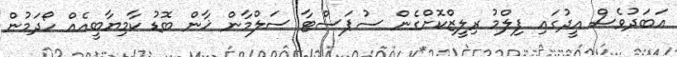
އަބަދުވެސް އީދުގައި ފިލްމު ރިލީޒްކޮށްގެން ސުޕަސްޓާ ސަލްމާން ޚާން ބޮޑު ކާމިޔާބީއެއް ހޯދަމުން